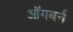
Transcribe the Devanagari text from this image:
ऑगबर्न